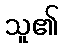
သူ၏